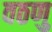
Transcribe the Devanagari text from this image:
वठणु